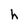
Character: h